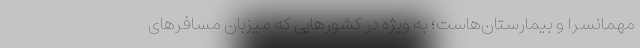
مهمانسرا و بیمارستان‌هاست؛ به ویژه در كشورهایی كه میزبان مسافرهای